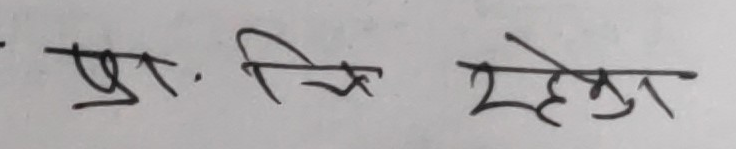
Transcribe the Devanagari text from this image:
प्र. चि रहेगा